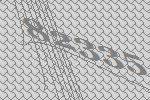
82335